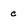
Character: c